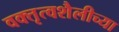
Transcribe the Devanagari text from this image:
वक्तृत्वशैलीच्या